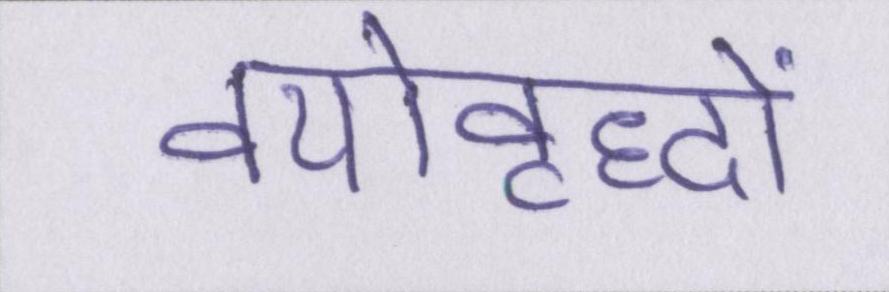
वयोवृद्धों